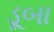
ડૂબા